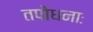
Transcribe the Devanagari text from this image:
तपोधनाः